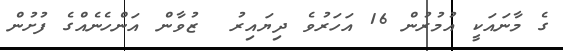
ގެ މާނައަކީ އުމުރުން 16 އަހަރުވެ ދިޔައިރު  ޒުވާން އަންހެނެއްގެ ފުށުން